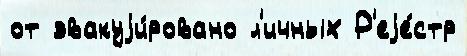
от эвакуjи́ровано л'ичных Р'еjе́стр